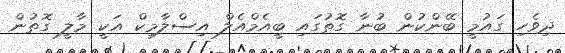
ދިވެހި ގައުމީ ބޭންކުން ބުނާ ގޮތުގައި ބީއެމްއެލް އިސްލާމިކް އަކީ މާލީ ގޮތުން